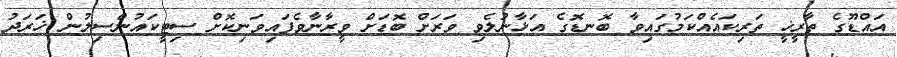
އައްޑޫގެ ތާރީޚީ ތަރިކައެއްކަމުގައިވާ ބޮނޑޮގެ އަޅާނުލެވި ވަރަށް ބޮޑަށް ވީރާނާވެފައިވަނިކޮށް ސިޓީކައުންސިލުން ޚަރަދު